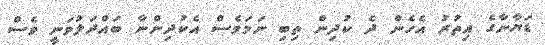
ޑަޔާނާގެ އިތުރު އެހެން ދެ ކުދިން ތިބި ނަމަވެސް އެކުދިންނާ ބައްދަލުވަނީ ވެސް